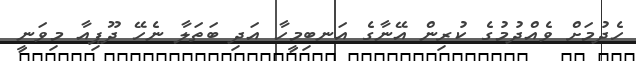
ހެދުމަށް ވެއްދުމުގެ ކުރިން އޭނާގެ އަނބިމީހާ އަދި ބަތަލާ ނެހޭ ދޫޕިއާ މިވަނީ